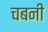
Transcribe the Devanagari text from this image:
चबनी